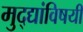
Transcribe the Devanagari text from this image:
मुद्द्यांविषयी